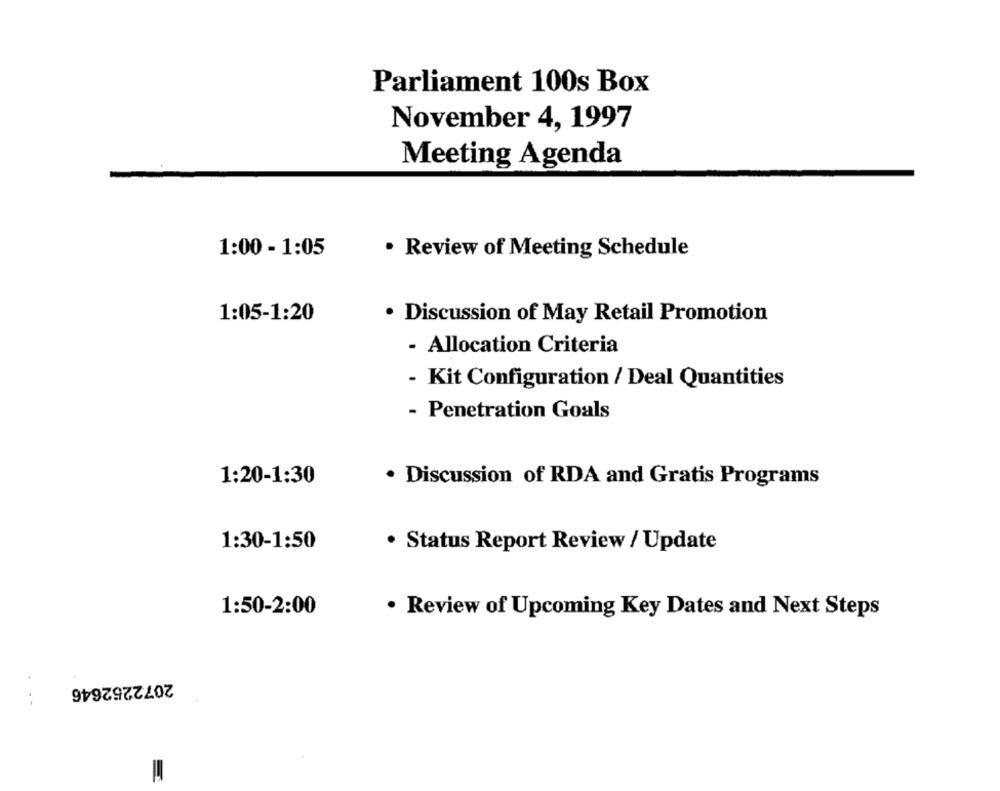
Parliament 100s Box
November 4, 1997
Meeting Agenda
1:00 - 1:05
· Review of Meeting Schedule
1:05-1:20
· Discussion of May Retail Promotion
- Allocation Criteria
- Kit Configuration / Deal Quantities
- Penetration Goals
1:20-1:30
. Discussion of RDA and Gratis Programs
1:30-1:50
· Status Report Review / Update
1:50-2:00
· Review of Upcoming Key Dates and Next Steps
2072252646